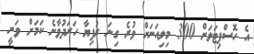
އެ ހޮސްޕިޓަަލަށް 300 މިލިއަނަށް ވުރެ ގިނަ ރުފިޔާ ހަރަދުވާނެ ކަމަށް ވަނީ